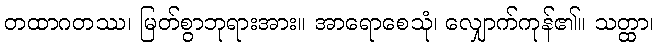
တထာဂတဿ၊ မြတ်စွာဘုရားအား။ အာရောစေသုံ၊ လျှောက်ကုန်၏။ သတ္ထာ၊